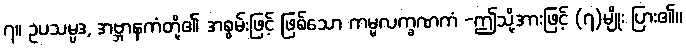
၇။ ဥပသမ္ပဒ, အဗ္ဘာနကံတို့၏ အစွမ်းဖြင့် ဖြစ်သော ကမ္မလက္ခဏကံ -ဤသို့အားဖြင့် (၇)မျိုး ပြား၏။